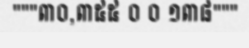
"""៣០,៣៥៥ ០ ០ ១៣៨"""